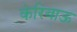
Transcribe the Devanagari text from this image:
केरिबाऊ